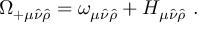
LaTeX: \Omega _ { + \mu \hat { \nu } \hat { \rho } } = \omega _ { \mu \hat { \nu } \hat { \rho } } + H _ { \mu \hat { \nu } \hat { \rho } } ~ .